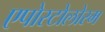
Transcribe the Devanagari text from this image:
एपोस्टोलोरम